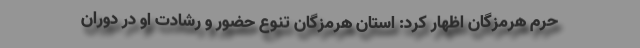
حرم هرمزگان اظهار کرد: استان هرمزگان تنوع حضور و رشادت او در دوران